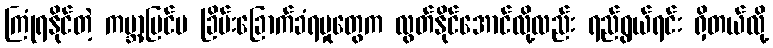
ကြုံရနိုင်တဲ့ ကမ္ဘာ့ပြင်ပ ခြိမ်းခြောက်ခံရမှုတွေက လွတ်နိုင်အောင်လို့လည်း ရည်ရွယ်ရင်း ရှိတယ်လို့